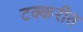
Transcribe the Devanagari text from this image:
टक्करीत